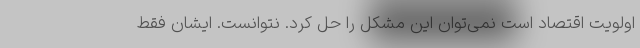
اولویت اقتصاد است نمی‌توان این مشکل را حل کرد. نتوانست. ایشان فقط